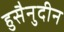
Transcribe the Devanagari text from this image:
हुसैनुदीन